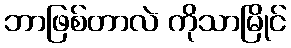
ဘာဖြစ်တာလဲ ကိုသာမြိုင်